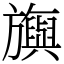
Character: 旟